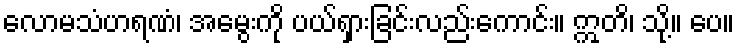
လောမသံဟရဏံ၊ အမွေးကို ပယ်ရှားခြင်းလည်းကောင်း။ ဣတိ၊ သို့။ ပေ။